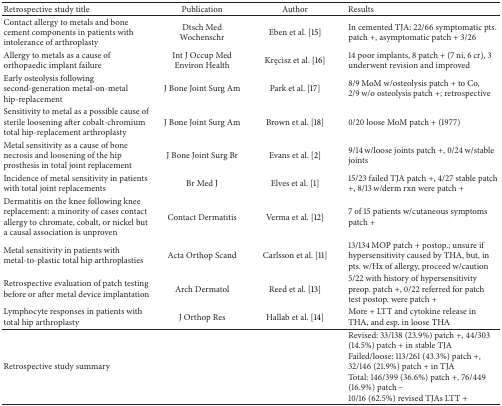
| Retrospective study title | Publication | Author | Results |
 | --- | --- | --- | --- |
 | Contact allergy to metals and bone cement components in patients with intolerance of arthroplasty | Dtsch Med Wochenschr | Eben et al. [15] | In cemented TJA: 22/66 symptomatic pts. patch +, asymptomatic patch + 3/26 |
 | Allergy to metals as a cause of orthopaedic implant failure | Int J Occup Med Environ Health | Kręcisz et al. [16] | 14 poor implants, 8 patch + (7 ni, 6 cr), 3 underwent revision and improved |
 | Early osteolysis following second-generation metal-on-metal hip-replacement | J Bone Joint Surg Am | Park et al. [17] | 8/9 MoM w/osteolysis patch + to Co, 2/9 w/o osteolysis patch +; retrospective |
 | Sensitivity to metal as a possible cause of sterile loosening after cobalt-chromium total hip-replacement arthroplasty | J Bone Joint Surg Am | Brown et al. [18] | 0/20 loose MoM patch + (1977) |
 | Metal sensitivity as a cause of bone necrosis and loosening of the hip prosthesis in total joint replacement | J Bone Joint Surg Br | Evans et al. [2] | 9/14 w/loose joints patch +, 0/24 w/stable joints |
 | Incidence of metal sensitivity in patients with total joint replacements | Br Med J | Elves et al. [1] | 15/23 failed TJA patch +, 4/27 stable patch +, 8/13 w/derm rxn were patch + |
 | Dermatitis on the knee following knee replacement: a minority of cases contact allergy to chromate, cobalt, or nickel but a causal association is unproven | Contact Dermatitis | Verma et al. [12] | 7 of 15 patients w/cutaneous symptoms patch + |
 | Metal sensitivity in patients with metal-to-plastic total hip arthroplasties | Acta Orthop Scand | Carlsson et al. [11] | 13/134 MOP patch + postop.; unsure if hypersensitivity caused by THA, but, in pts. w/Hx of allergy, proceed w/caution |
 | Retrospective evaluation of patch testing before or after metal device implantation | Arch Dermatol | Reed et al. [13] | 5/22 with history of hypersensitivity preop. patch +, 0/22 referred for patch test postop. were patch + |
 | Lymphocyte responses in patients with total hip arthroplasty | J Orthop Res | Hallab et al. [14] | More + LTT and cytokine release in THA, and esp. in loose THA |
 | Retrospective study summary |  |  | Revised: 33/138 (23.9%) patch +, 44/303 (14.5%) patch + in stable TJAFailed/loose: 113/261 (43.3%) patch +, 32/146 (21.9%) patch + in TJATotal: 146/399 (36.6%) patch +, 76/449 (16.9%) patch −10/16 (62.5%) revised TJAs LTT + |